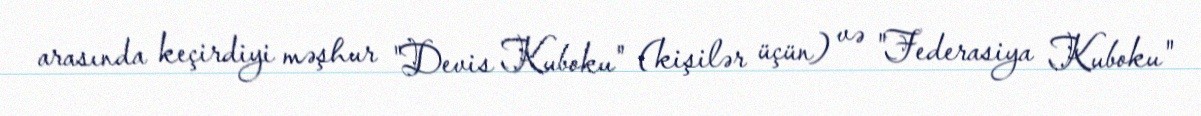
arasında keçirdiyi məşhur "Devis Kuboku" (kişilər üçün) və "Federasiya Kuboku"